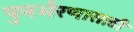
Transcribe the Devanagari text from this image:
पुनर्भरणासाठी